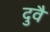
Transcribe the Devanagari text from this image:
दुवै